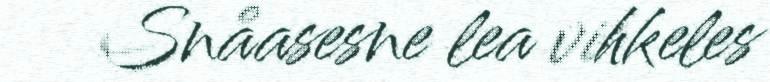
Snåasesne lea vihkeles